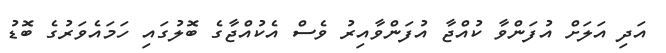
އަދި އަލަށް އުފަންވާ ކުއްޖާ އުފަންވާއިރު ވެސް އެކުއްޖާގެ ބޮލުގައި ހަމައެވަރުގެ ބޮޑު